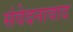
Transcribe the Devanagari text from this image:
संवेदनावाद